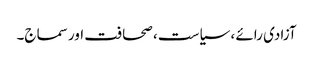
آزادی رائے ، سیاست ، صحافت اور سماج۔